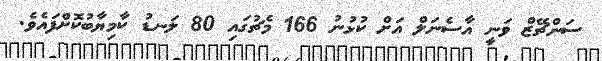
ސަންޗޭޒް ވަނީ އާސެނަލް އަށް ކުޅުނު 166 މެޗުގައި 80 ލަނޑު ކާމިޔާބުކޮށްފައެވެ.